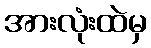
အားလုံးထဲမှ